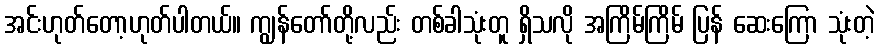
အင်းဟုတ်တော့ဟုတ်ပါတယ်။ ကျွန်တော်တို့လည်း တစ်ခါသုံးတူ ရှိသလို အကြိမ်ကြိမ် ပြန် ဆေးကြော သုံးတဲ့